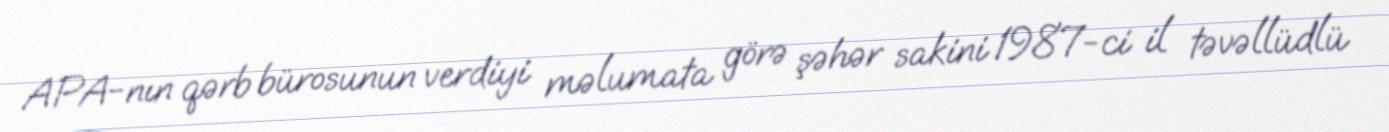
APA-nın qərb bürosunun verdiyi məlumata görə şəhər sakini 1987-ci il təvəllüdlü